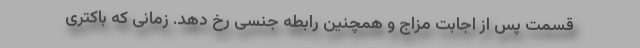
قسمت پس از اجابت مزاج و همچنین رابطه جنسی رخ دهد. زمانی که باکتری